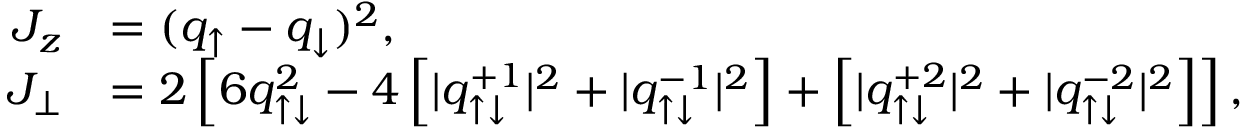
\begin{array} { r l } { J _ { z } } & { = ( q _ { \uparrow } - q _ { \downarrow } ) ^ { 2 } , } \\ { J _ { \perp } } & { = 2 \left[ 6 q _ { \uparrow \downarrow } ^ { 2 } - 4 \left[ | q _ { \uparrow \downarrow } ^ { + 1 } | ^ { 2 } + | q _ { \uparrow \downarrow } ^ { - 1 } | ^ { 2 } \right] + \left[ | q _ { \uparrow \downarrow } ^ { + 2 } | ^ { 2 } + | q _ { \uparrow \downarrow } ^ { - 2 } | ^ { 2 } \right] \right] , } \end{array}